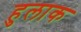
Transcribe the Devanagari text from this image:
हुलाक